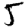
Digit: 5